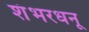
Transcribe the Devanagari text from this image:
शंभरधनू